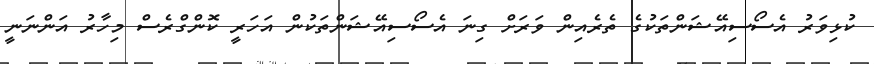
ކުޅިވަރު އެސޯސިއޭޝަންތަކުގެ ތެރެއިން ވަރަށް ގިނަ އެސޯސިއޭޝަންތަކުން އަހަރީ ކޮންގްރެސް މިހާރު އަންނަނީ